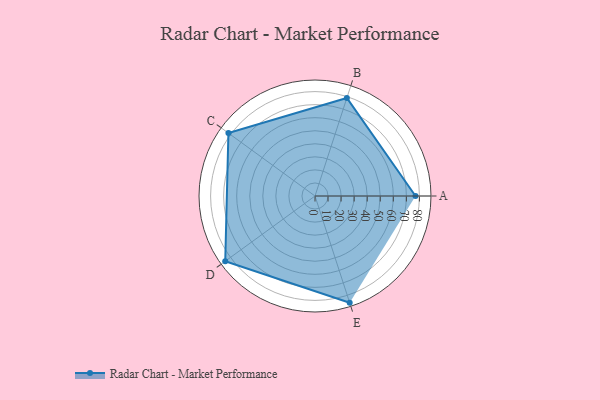
{"axis": {"x": "Skill", "y": "Score"}, "legend": ["Profile"], "data": [{"x": "A", "y": 77.0, "type": "Profile"}, {"x": "B", "y": 79.0, "type": "Profile"}, {"x": "C", "y": 82.0, "type": "Profile"}, {"x": "D", "y": 85.0, "type": "Profile"}, {"x": "E", "y": 86.0, "type": "Profile"}]}